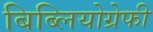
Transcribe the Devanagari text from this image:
बिब्लियोग्रेफी